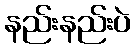
နည်းနည်းပဲ